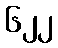
၆၂၂